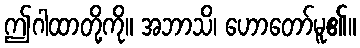
ဤဂါထာတို့ကို။ အဘာသိ၊ ဟောတော်မူ၏။